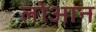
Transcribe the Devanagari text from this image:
लोआन